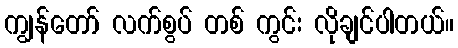
ကျွန်တော် လက်စွပ် တစ် ကွင်း လိုချင်ပါတယ်။